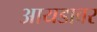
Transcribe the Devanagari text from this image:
आयडावर